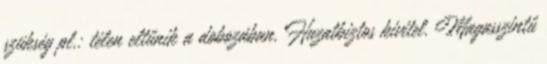
szükség pl.: télen eltűnik a dobozában. Huzatbiztos kivitel. Magasszintű